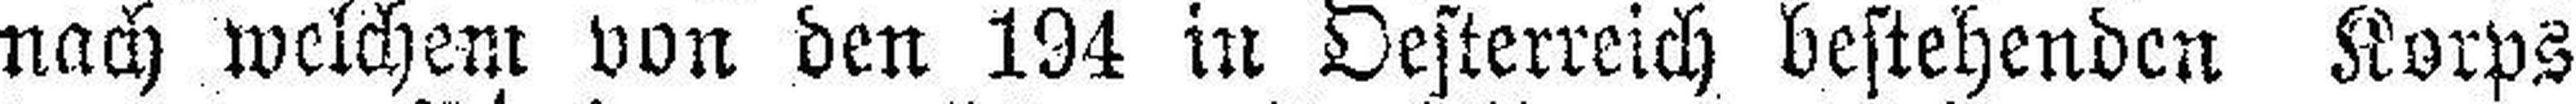
nach welchem von den 194 in Oesterreich bestehenden Korps